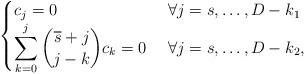
LaTeX: \begin{align*}\begin{cases}c_{j}=0 &\forall j=s,\dots,D-k_1 \\\displaystyle\sum_{k=0}^{j}\binom{\overline{s} +j}{j-k}c_{k} =0 \ &\forall j=s,\dots,D-k_2,\end{cases}\end{align*}